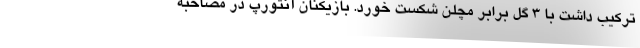
ترکیب داشت با ۳ گل برابر مچلن شکست خورد. بازیکنان آنتورپ در مصاحبه